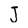
Character: J